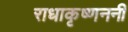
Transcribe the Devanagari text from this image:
राधाकृष्णननी